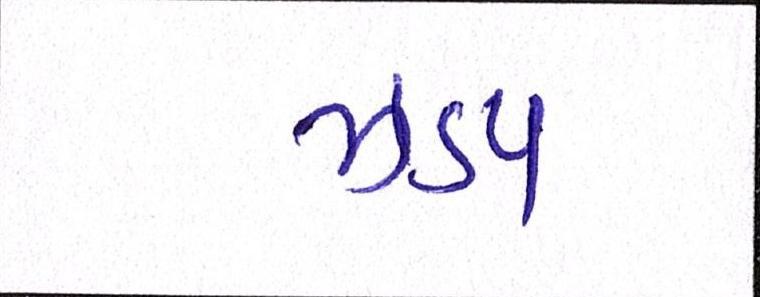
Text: ઝડપ